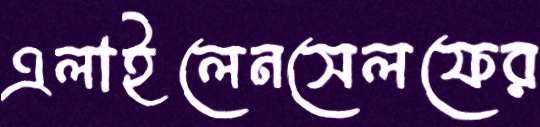
এলাইলেনসেলফের